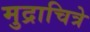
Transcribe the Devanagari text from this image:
मुद्राचित्रे